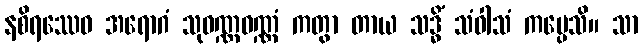
နစိရဿေဝ အရောဂံ သုဝဏ္ဏဝဏ္ဏံ ကတွာ တာယ သဒ္ဓိံ သံဝါသံ ကပ္ပေသိ။ သာ